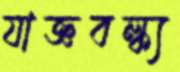
যাজ্ঞবল্ক্য